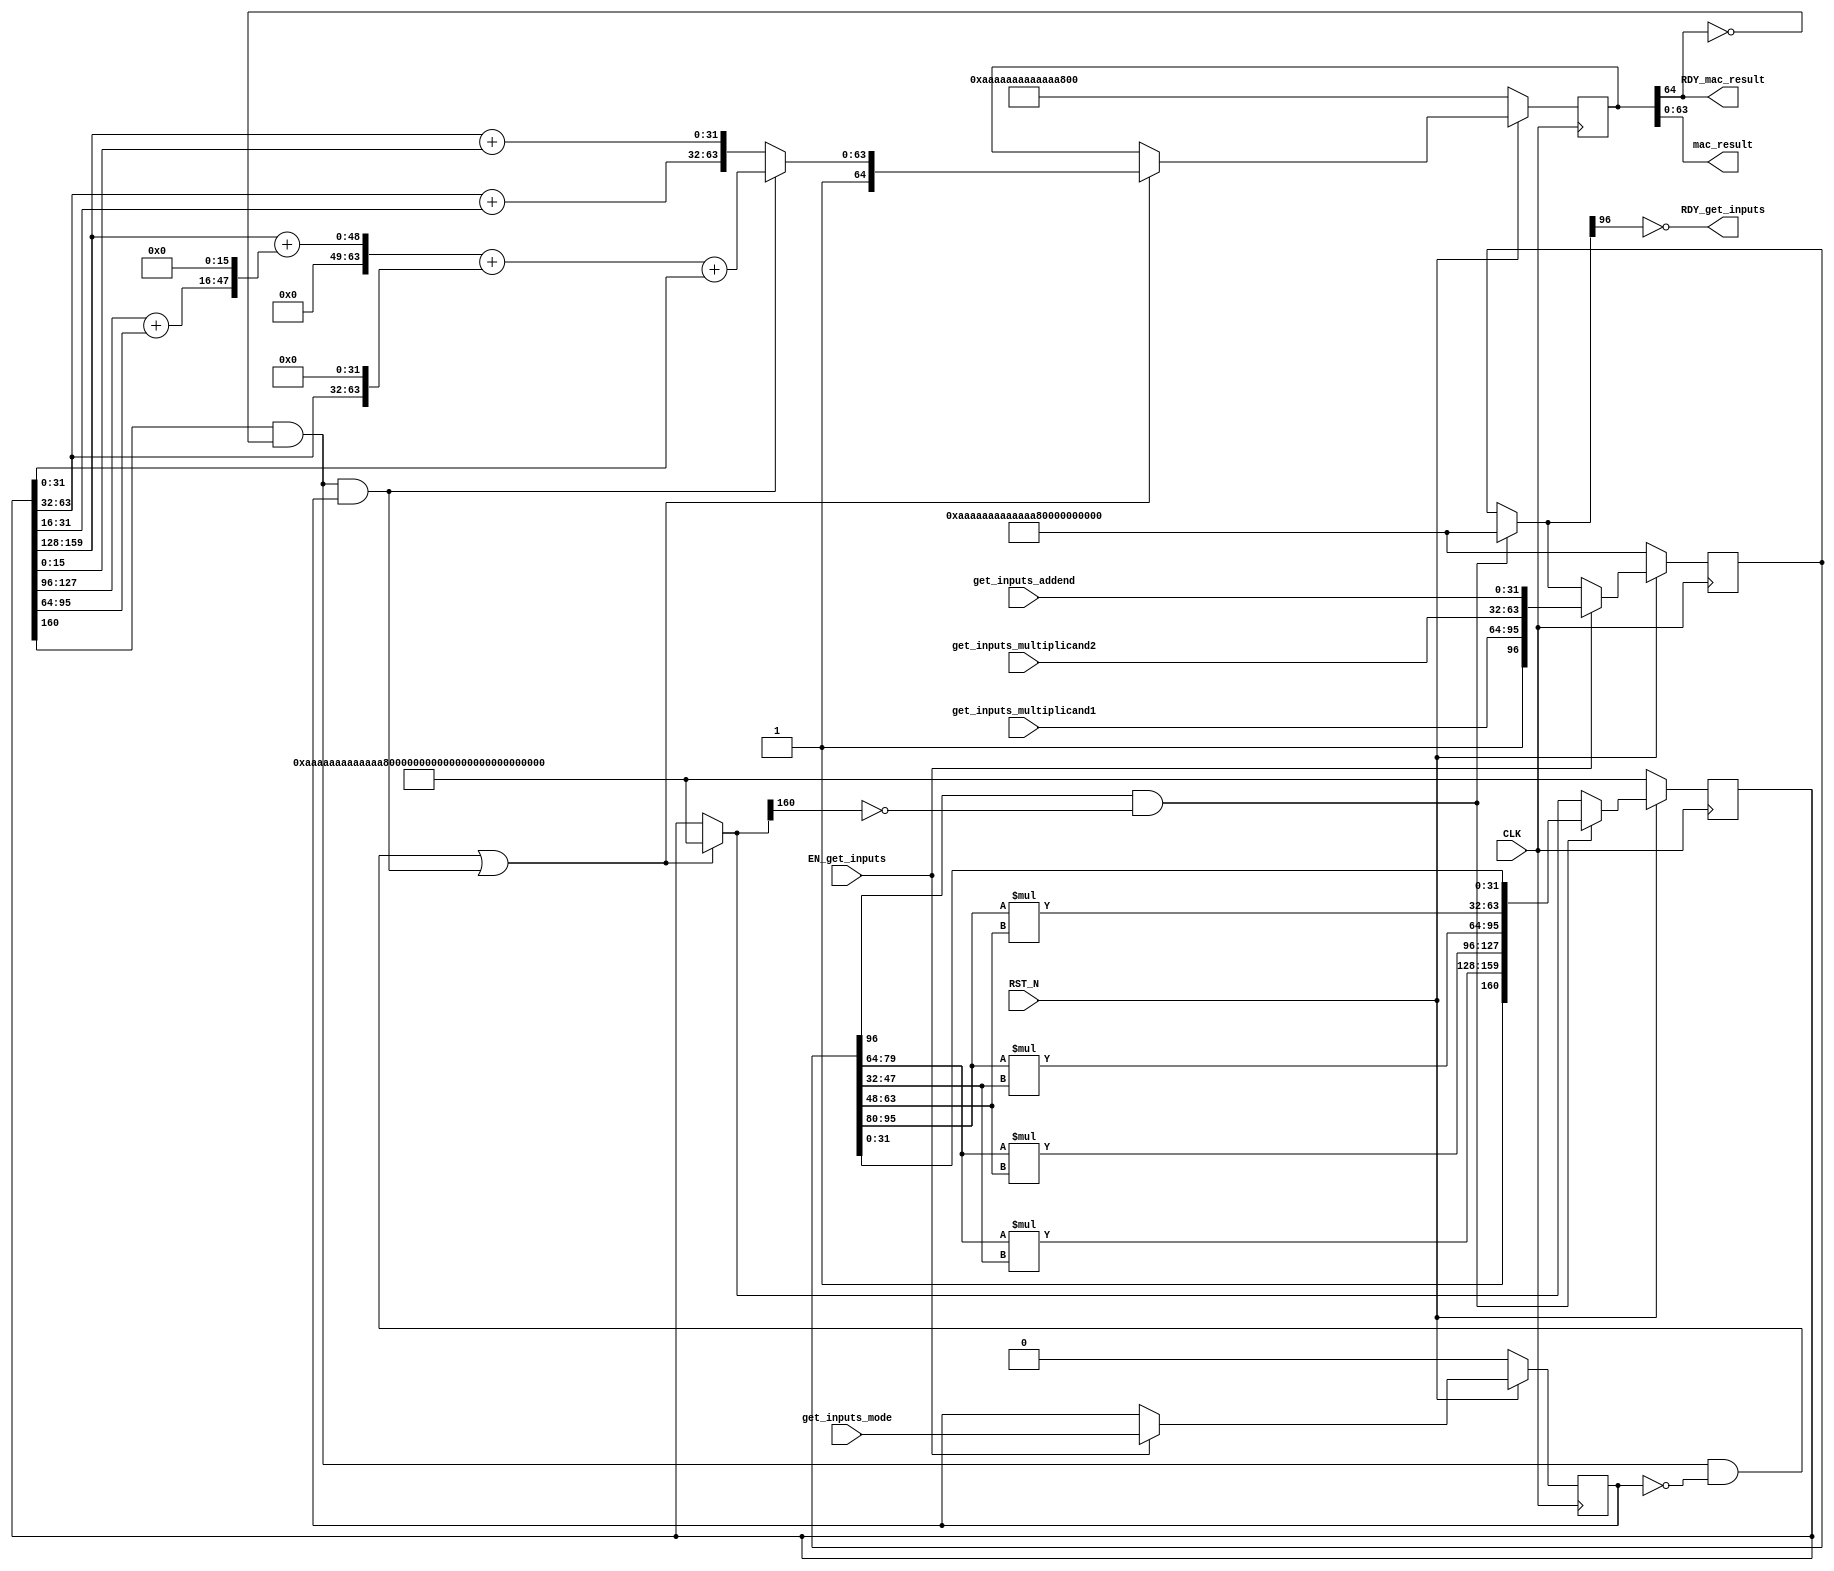
//
// Generated by Bluespec Compiler, version 2021.12.1 (build fd501401)
//
// On Fri May  5 21:25:45 IST 2023
//
//
// Ports:
// Name                         I/O  size props
// RDY_get_inputs                 O     1
// mac_result                     O    64
// RDY_mac_result                 O     1
// CLK                            I     1 clock
// RST_N                          I     1 reset
// get_inputs_multiplicand1       I    32
// get_inputs_multiplicand2       I    32
// get_inputs_addend              I    32
// get_inputs_mode                I     1 reg
// EN_get_inputs                  I     1
//
// No combinational paths from inputs to outputs
//
//

`ifdef BSV_ASSIGNMENT_DELAY
`else
  `define BSV_ASSIGNMENT_DELAY
`endif

`ifdef BSV_POSITIVE_RESET
  `define BSV_RESET_VALUE 1'b1
  `define BSV_RESET_EDGE posedge
`else
  `define BSV_RESET_VALUE 1'b0
  `define BSV_RESET_EDGE negedge
`endif

module mkMAC32(CLK,
	       RST_N,

	       get_inputs_multiplicand1,
	       get_inputs_multiplicand2,
	       get_inputs_addend,
	       get_inputs_mode,
	       EN_get_inputs,
	       RDY_get_inputs,

	       mac_result,
	       RDY_mac_result);
  input  CLK;
  input  RST_N;

  // action method get_inputs
  input  [31 : 0] get_inputs_multiplicand1;
  input  [31 : 0] get_inputs_multiplicand2;
  input  [31 : 0] get_inputs_addend;
  input  get_inputs_mode;
  input  EN_get_inputs;
  output RDY_get_inputs;

  // value method mac_result
  output [63 : 0] mac_result;
  output RDY_mac_result;

  // signals for module outputs
  wire [63 : 0] mac_result;
  wire RDY_get_inputs, RDY_mac_result;

  // inlined wires
  wire [160 : 0] partial_product_rv$port1__read,
		 partial_product_rv$port1__write_1,
		 partial_product_rv$port2__read;
  wire [96 : 0] mac_inputs_rv$port1__read,
		mac_inputs_rv$port1__write_1,
		mac_inputs_rv$port2__read;
  wire [64 : 0] mac_output_rv$port1__write_1, mac_output_rv$port2__read;
  wire mac_output_rv$EN_port1__write, partial_product_rv$EN_port0__write;

  // register mac_inputs_rv
  reg [96 : 0] mac_inputs_rv;
  wire [96 : 0] mac_inputs_rv$D_IN;
  wire mac_inputs_rv$EN;

  // register mac_output_rv
  reg [64 : 0] mac_output_rv;
  wire [64 : 0] mac_output_rv$D_IN;
  wire mac_output_rv$EN;

  // register mode_r
  reg mode_r;
  wire mode_r$D_IN, mode_r$EN;

  // register partial_product_rv
  reg [160 : 0] partial_product_rv;
  wire [160 : 0] partial_product_rv$D_IN;
  wire partial_product_rv$EN;

  // rule scheduling signals
  wire CAN_FIRE_RL_rl_add_partials,
       CAN_FIRE_RL_rl_generate_partials,
       CAN_FIRE_RL_rl_mac_16,
       CAN_FIRE_get_inputs,
       WILL_FIRE_RL_rl_add_partials,
       WILL_FIRE_RL_rl_generate_partials,
       WILL_FIRE_RL_rl_mac_16,
       WILL_FIRE_get_inputs;

  // inputs to muxes for submodule ports
  wire [64 : 0] MUX_mac_output_rv$port1__write_1__VAL_1,
		MUX_mac_output_rv$port1__write_1__VAL_2;

  // remaining internal signals
  wire [63 : 0] _0_CONCAT_mac_inputs_rv_port0__read_BITS_79_TO__ETC___d11,
		_0_CONCAT_mac_inputs_rv_port0__read_BITS_79_TO__ETC___d15,
		_0_CONCAT_mac_inputs_rv_port0__read_BITS_95_TO__ETC___d19,
		_0_CONCAT_mac_inputs_rv_port0__read_BITS_95_TO__ETC___d21,
		x__h1323,
		x__h1325,
		x__h1327,
		y__h1324,
		y__h1326,
		y__h1328;
  wire [31 : 0] x__h1398, y__h1548, y__h1584;

  // action method get_inputs
  assign RDY_get_inputs = !mac_inputs_rv$port1__read[96] ;
  assign CAN_FIRE_get_inputs = !mac_inputs_rv$port1__read[96] ;
  assign WILL_FIRE_get_inputs = EN_get_inputs ;

  // value method mac_result
  assign mac_result = mac_output_rv[63:0] ;
  assign RDY_mac_result = mac_output_rv[64] ;

  // rule RL_rl_add_partials
  assign CAN_FIRE_RL_rl_add_partials =
	     partial_product_rv[160] && !mac_output_rv[64] && mode_r ;
  assign WILL_FIRE_RL_rl_add_partials = CAN_FIRE_RL_rl_add_partials ;

  // rule RL_rl_mac_16
  assign CAN_FIRE_RL_rl_mac_16 =
	     partial_product_rv[160] && !mac_output_rv[64] && !mode_r ;
  assign WILL_FIRE_RL_rl_mac_16 = CAN_FIRE_RL_rl_mac_16 ;

  // rule RL_rl_generate_partials
  assign CAN_FIRE_RL_rl_generate_partials =
	     mac_inputs_rv[96] && !partial_product_rv$port1__read[160] ;
  assign WILL_FIRE_RL_rl_generate_partials =
	     CAN_FIRE_RL_rl_generate_partials ;

  // inputs to muxes for submodule ports
  assign MUX_mac_output_rv$port1__write_1__VAL_1 =
	     { 1'd1, x__h1323 + y__h1324 } ;
  assign MUX_mac_output_rv$port1__write_1__VAL_2 =
	     { 1'd1,
	       partial_product_rv[63:32] + y__h1548,
	       partial_product_rv[159:128] + y__h1584 } ;

  // inlined wires
  assign mac_inputs_rv$port1__read =
	     CAN_FIRE_RL_rl_generate_partials ?
	       97'h0AAAAAAAAAAAAAAAAAAAAAAAA :
	       mac_inputs_rv ;
  assign mac_inputs_rv$port1__write_1 =
	     { 1'd1,
	       get_inputs_multiplicand1,
	       get_inputs_multiplicand2,
	       get_inputs_addend } ;
  assign mac_inputs_rv$port2__read =
	     EN_get_inputs ?
	       mac_inputs_rv$port1__write_1 :
	       mac_inputs_rv$port1__read ;
  assign partial_product_rv$EN_port0__write =
	     WILL_FIRE_RL_rl_mac_16 || WILL_FIRE_RL_rl_add_partials ;
  assign partial_product_rv$port1__read =
	     partial_product_rv$EN_port0__write ?
	       161'h0AAAAAAAAAAAAAAAAAAAAAAAAAAAAAAAAAAAAAAAA :
	       partial_product_rv ;
  assign partial_product_rv$port1__write_1 =
	     { 1'd1,
	       _0_CONCAT_mac_inputs_rv_port0__read_BITS_79_TO__ETC___d11[31:0],
	       _0_CONCAT_mac_inputs_rv_port0__read_BITS_79_TO__ETC___d15[31:0],
	       _0_CONCAT_mac_inputs_rv_port0__read_BITS_95_TO__ETC___d19[31:0],
	       _0_CONCAT_mac_inputs_rv_port0__read_BITS_95_TO__ETC___d21[31:0],
	       mac_inputs_rv[31:0] } ;
  assign partial_product_rv$port2__read =
	     CAN_FIRE_RL_rl_generate_partials ?
	       partial_product_rv$port1__write_1 :
	       partial_product_rv$port1__read ;
  assign mac_output_rv$EN_port1__write =
	     WILL_FIRE_RL_rl_add_partials || WILL_FIRE_RL_rl_mac_16 ;
  assign mac_output_rv$port1__write_1 =
	     WILL_FIRE_RL_rl_add_partials ?
	       MUX_mac_output_rv$port1__write_1__VAL_1 :
	       MUX_mac_output_rv$port1__write_1__VAL_2 ;
  assign mac_output_rv$port2__read =
	     mac_output_rv$EN_port1__write ?
	       mac_output_rv$port1__write_1 :
	       mac_output_rv ;

  // register mac_inputs_rv
  assign mac_inputs_rv$D_IN = mac_inputs_rv$port2__read ;
  assign mac_inputs_rv$EN = 1'b1 ;

  // register mac_output_rv
  assign mac_output_rv$D_IN = mac_output_rv$port2__read ;
  assign mac_output_rv$EN = 1'b1 ;

  // register mode_r
  assign mode_r$D_IN = get_inputs_mode ;
  assign mode_r$EN = EN_get_inputs ;

  // register partial_product_rv
  assign partial_product_rv$D_IN = partial_product_rv$port2__read ;
  assign partial_product_rv$EN = 1'b1 ;

  // remaining internal signals
  assign _0_CONCAT_mac_inputs_rv_port0__read_BITS_79_TO__ETC___d11 =
	     { 16'd0, mac_inputs_rv[79:64] } *
	     { 16'd0, mac_inputs_rv[47:32] } ;
  assign _0_CONCAT_mac_inputs_rv_port0__read_BITS_79_TO__ETC___d15 =
	     { 16'd0, mac_inputs_rv[79:64] } *
	     { 16'd0, mac_inputs_rv[63:48] } ;
  assign _0_CONCAT_mac_inputs_rv_port0__read_BITS_95_TO__ETC___d19 =
	     { 16'd0, mac_inputs_rv[95:80] } *
	     { 16'd0, mac_inputs_rv[47:32] } ;
  assign _0_CONCAT_mac_inputs_rv_port0__read_BITS_95_TO__ETC___d21 =
	     { 16'd0, mac_inputs_rv[95:80] } *
	     { 16'd0, mac_inputs_rv[63:48] } ;
  assign x__h1323 = x__h1325 + y__h1326 ;
  assign x__h1325 = x__h1327 + y__h1328 ;
  assign x__h1327 = { 32'd0, partial_product_rv[159:128] } ;
  assign x__h1398 = partial_product_rv[127:96] + partial_product_rv[95:64] ;
  assign y__h1324 = { 32'd0, partial_product_rv[31:0] } ;
  assign y__h1326 = { partial_product_rv[63:32], 32'd0 } ;
  assign y__h1328 = { 16'd0, x__h1398, 16'd0 } ;
  assign y__h1548 = { 16'd0, partial_product_rv[31:16] } ;
  assign y__h1584 = { 16'd0, partial_product_rv[15:0] } ;

  // handling of inlined registers

  always@(posedge CLK)
  begin
    if (RST_N == `BSV_RESET_VALUE)
      begin
        mac_inputs_rv <= `BSV_ASSIGNMENT_DELAY 97'h0AAAAAAAAAAAAAAAAAAAAAAAA;
	mac_output_rv <= `BSV_ASSIGNMENT_DELAY 65'h0AAAAAAAAAAAAAAAA;
	mode_r <= `BSV_ASSIGNMENT_DELAY 1'd0;
	partial_product_rv <= `BSV_ASSIGNMENT_DELAY
	    161'h0AAAAAAAAAAAAAAAAAAAAAAAAAAAAAAAAAAAAAAAA;
      end
    else
      begin
        if (mac_inputs_rv$EN)
	  mac_inputs_rv <= `BSV_ASSIGNMENT_DELAY mac_inputs_rv$D_IN;
	if (mac_output_rv$EN)
	  mac_output_rv <= `BSV_ASSIGNMENT_DELAY mac_output_rv$D_IN;
	if (mode_r$EN) mode_r <= `BSV_ASSIGNMENT_DELAY mode_r$D_IN;
	if (partial_product_rv$EN)
	  partial_product_rv <= `BSV_ASSIGNMENT_DELAY partial_product_rv$D_IN;
      end
  end

  // synopsys translate_off
  `ifdef BSV_NO_INITIAL_BLOCKS
  `else // not BSV_NO_INITIAL_BLOCKS
  initial
  begin
    mac_inputs_rv = 97'h0AAAAAAAAAAAAAAAAAAAAAAAA;
    mac_output_rv = 65'h0AAAAAAAAAAAAAAAA;
    mode_r = 1'h0;
    partial_product_rv = 161'h0AAAAAAAAAAAAAAAAAAAAAAAAAAAAAAAAAAAAAAAA;
  end
  `endif // BSV_NO_INITIAL_BLOCKS
  // synopsys translate_on
endmodule  // mkMAC32